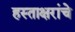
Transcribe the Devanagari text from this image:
हस्ताक्षरांचे